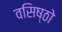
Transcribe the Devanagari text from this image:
वसिष्ठो